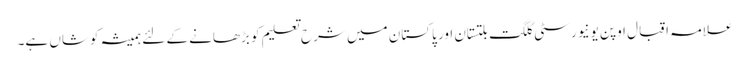
علامہ اقبال اوپن یونیورسٹی گلگت بلتستان اور پاکستان میں شرح تعلیم کو بڑھانے کے لئے ہمیشہ کوشاں ہے۔